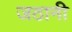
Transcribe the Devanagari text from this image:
जठानी